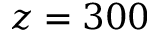
z = 3 0 0